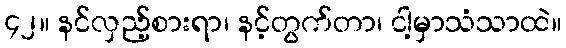
၄၂။ နင်လှည့်စားရာ၊ နင့်တွက်တာ၊ ငါ့မှာသံသာထဲ။